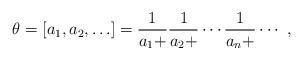
LaTeX: \begin{align*}\theta=\left[a_1,a_2,\ldots\right]=\frac{1}{a_1+}\frac{1}{a_2+}\cdots\frac{1}{a_n+}\cdots \ ,\end{align*}